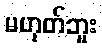
မဟုတ်ဘူး